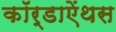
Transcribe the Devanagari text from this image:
कॉर्डाऐंथस